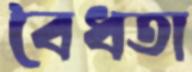
বৈধতা